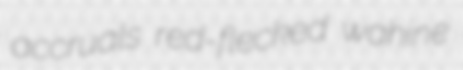
accruals red-flecked wahine